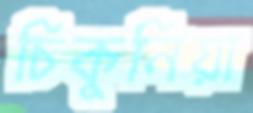
চিকুনিয়া